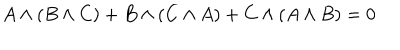
A \wedge ( B \wedge C ) + B \wedge ( C \wedge A ) + C \wedge ( A \wedge B ) = 0